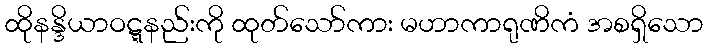
ထိုနန္ဒိယာဝဋ္ဋနည်းကို ထုတ်သော်ကား မဟာကာရုဏိကံ အစရှိသော